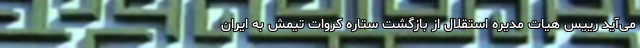
می‌آید رییس هیات مدیره استقلال از بازگشت ستاره کروات تیمش به ایران